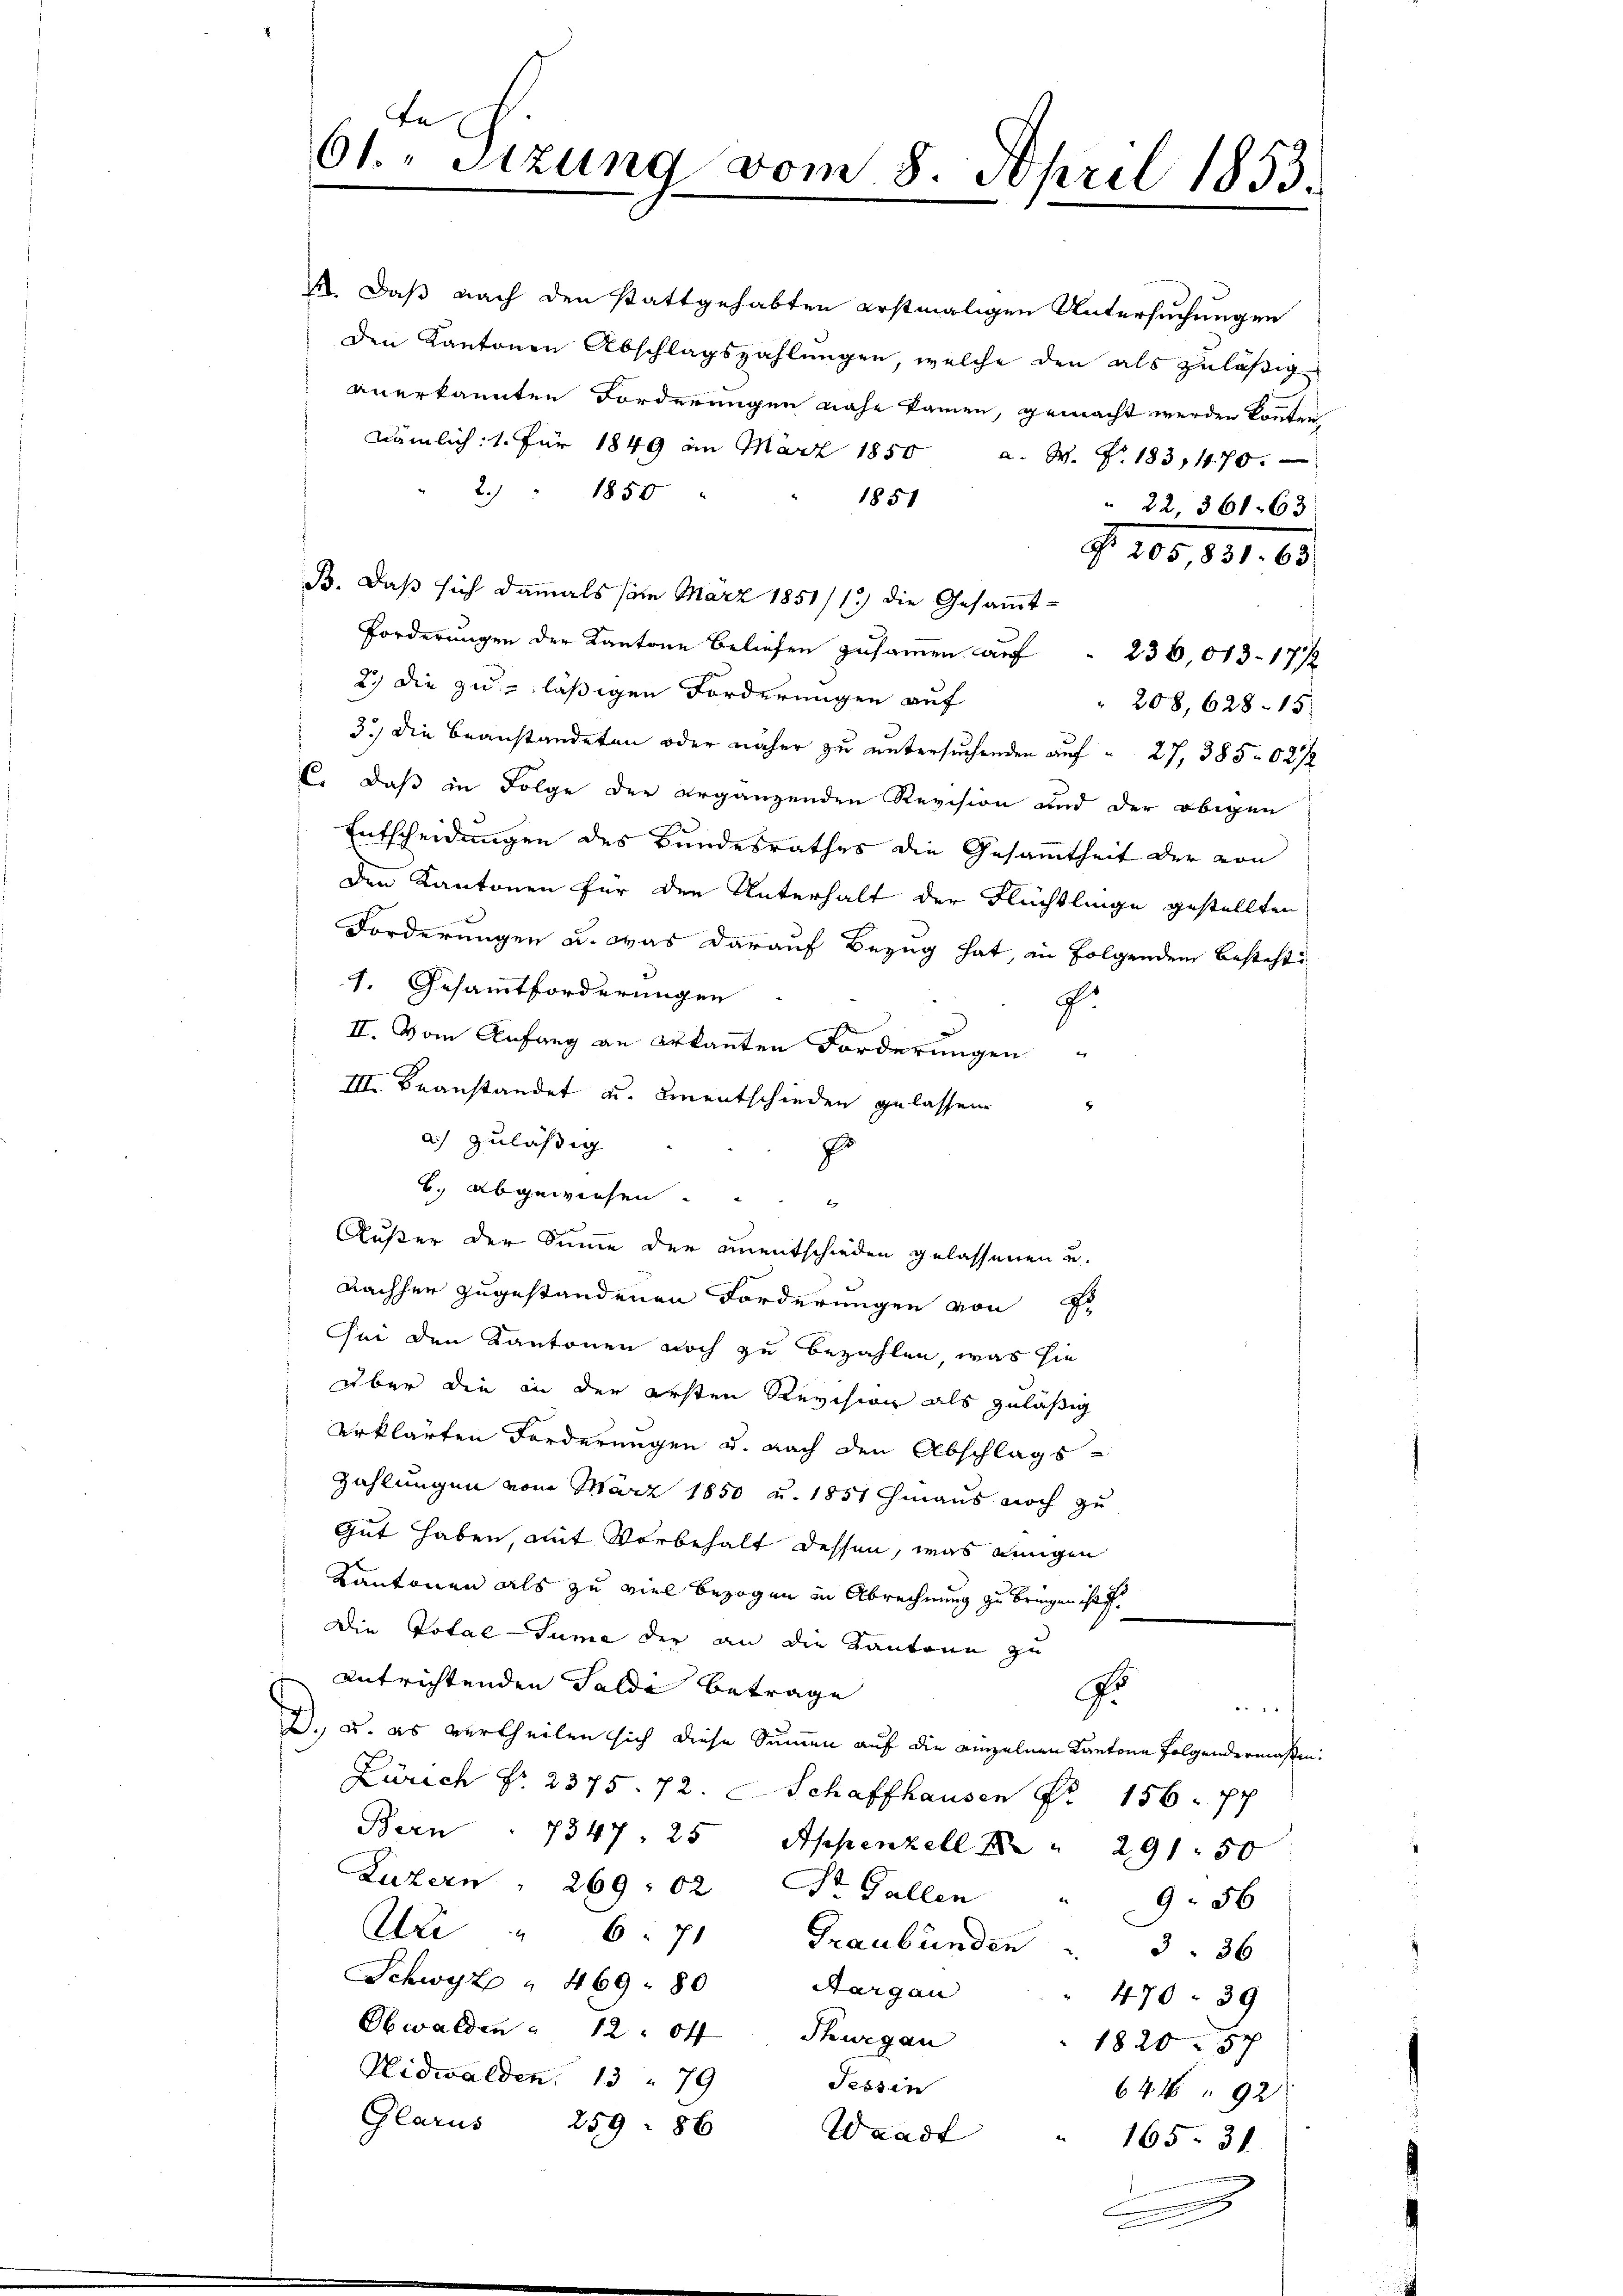
te
61. Sitzung vom 8. April 1853.

½. Daß nach den stattgehabten erstmaligen Untersuchungen
den Kantonen Abschlagszahlungen, welche den als zuläßiganerkannten Forderungen nahe kamen, gemacht werden könnten
Nämlich: 1. für 1849 an März 1850 a. W. Z. 183,470.
2/ 1850
1851
" 22, 368. 63
§. 100, 151. 85.
B. daß sich damals vom März 1851/1.) die Gesaṁt-
Forderungen der Kantone Beliefen zusammen auf 236,013. 1712
2.) Die zuläßigen Forderungen auf
 208, 628. 15
3.) Die beanstandeten oder näher zu untersuchenden auf 27, 385 027/2
E. daß in Folge der ergänzenden Revision und der obigen
Entscheidungen des Bundesrathes die Gesamtheit der von
den Kantonen für den Unterhalt der Flüchtlinge gestellten
Forderungen u. was darauf Bezug hat, in Folgenden besteht
1. Gesamtforderungen
.
II. Vom Anfang an erkannten Forderungen
III. Beanstandet u. unentschieden gelassen
a) zuläßig
p
B. abgewiesen.
Außer der Summe der unentschieden gelassenen u.
Nachher zugestandenen Forderungen von
Sei den Kantonen noch zu bezahlen, was sie
über die in der ersten Revision als zuläßig
erklärten Forderungen u. nach den Abschlags-
Zahlungen vom März 1850 u. 1851 Chinaus noch zu
Gut haben, mit Vorbehalt dessen, was einigen
Kantonen als zu viel bezogen in Abrechnung zu bringen ist.
Die Total-Summe der an die Kantone zu
entrichtenden Falde betrage
J.
f
2. u. es vertheilen sich diese Summen auf die einzelnen Kantone folgendermassen:
Zürich No. 2375. 72. Schaffhausen Fr. 156. pp
Bern . 7347 25 Appenzell  " 291. 50
Luzern, 269 : 02 Dr. Gallen
956
Ai " 6. 71 Graubünden
3 36
Schwyz " 469. 80 Aargau
470. 39
Obwalden " 12. Oft Thurgau
1820 57
Nidwalden. 1379
Tessin
644 92
Glarus 259: 86 Waadt
165. 31
x

b